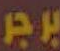
برجر